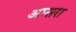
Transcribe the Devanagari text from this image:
अप्‍सरा